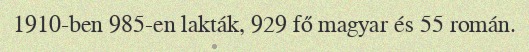
1910-ben 985-en lakták, 929 fő magyar és 55 román.